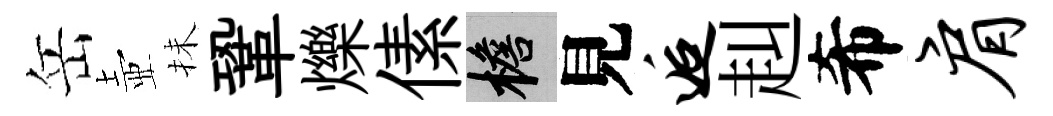
岳壺抺鞏爍傃檐見逅赳希肩